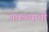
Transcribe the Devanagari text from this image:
गवळ्याची